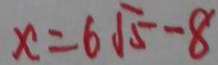
x = 6 \sqrt { 5 } - 8